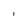
Character: i